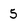
Character: 5